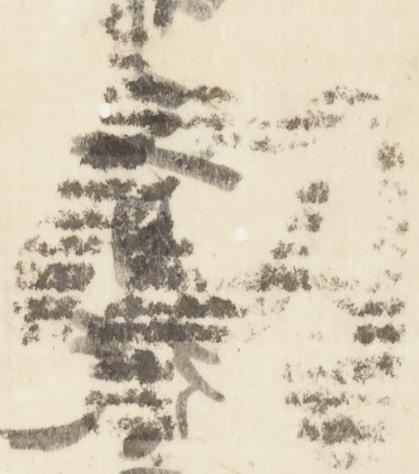
剣